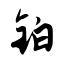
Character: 铂